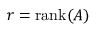
r = { \mathrm { r a n k } } ( A )